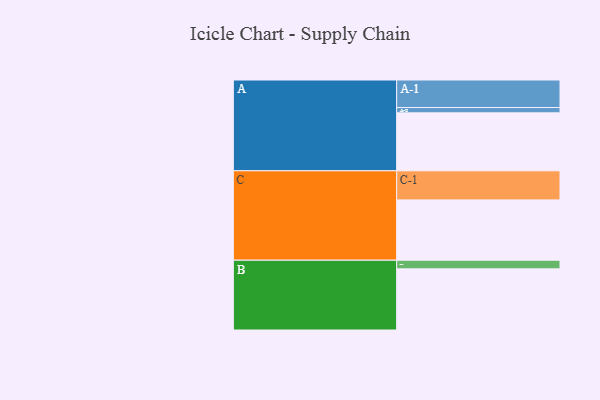
{"axis": {"x": "Segment", "y": "Value"}, "legend": ["", "A", "B", "C"], "data": [{"x": "A", "y": 543, "type": ""}, {"x": "B", "y": 573, "type": ""}, {"x": "C", "y": 565, "type": ""}, {"x": "A-1", "y": 258, "type": "A"}, {"x": "A-2", "y": 50, "type": "A"}, {"x": "B-1", "y": 81, "type": "B"}, {"x": "C-1", "y": 273, "type": "C"}]}